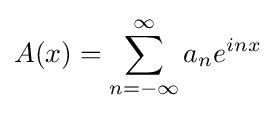
A(x)=\sum _{n=-\infty }^{\infty }a_{n}e^{inx}